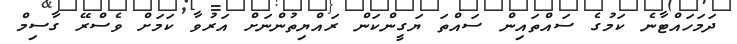
ދަމަހައްޓާނެ ކަމުގެ ސައްތައިން ސައްތަ ޔަގީންކަން ރައްޔިތުންނަށް އަރުވާ ކަމަށް ވެސްރޭ ގާސިމް